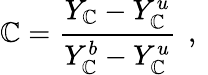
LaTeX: \mathbb{C}=\frac{{Y_{\mathbb{C}}-Y_{\mathbb{C}}^{u}}}{{Y_{\mathbb{C}}^{b}-Y_{\mathbb{C}}^{u}}}\, \mathrm{{~,~}}